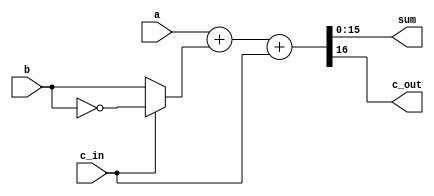
module subAdder #(parameter N = 16)(a,b,c_in,sum,c_out);

input [N-1:0]a,b;
input c_in;

output reg [N-1:0]sum;
output reg c_out;

reg [N-1:0] Btemp;

always@(*)begin
	if(c_in)begin
		Btemp = ~b;
	end
	else Btemp = b;
	{c_out,sum} = a + Btemp + c_in;
end

endmodule